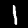
Label: 1